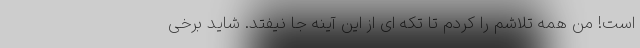
است! من همه تلاشم را کردم تا تکه ای از این آینه جا نیفتد. شاید برخی